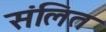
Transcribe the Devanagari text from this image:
संलित